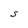
Character: S